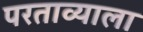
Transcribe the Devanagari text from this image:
परताव्याला